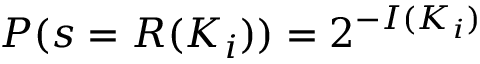
P ( s = R ( K _ { i } ) ) = 2 ^ { - I ( K _ { i } ) }